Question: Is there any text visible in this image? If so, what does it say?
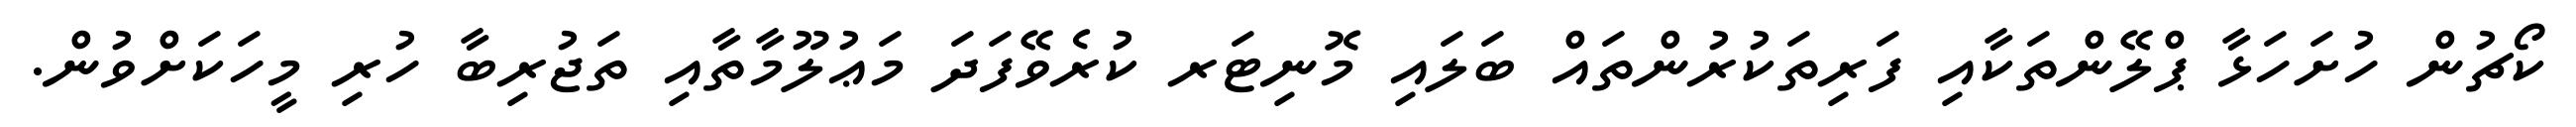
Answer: ކޯޗުން ހުށަހަޅާ ޕްލޭންތަކާއި ފަރިތަކުރުންތައް ބަލައި މޮނިޓަރ ކުރެވޭފަދަ މަޢުލޫމާތާއި ތަޖުރިބާ ހުރި މީހަކަށްވުން.